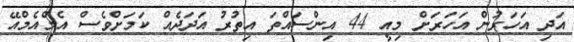
އަދި އަހަރުން އަހަރަށް މިއީ 44 އިންސައްތަ އިތުރު އަދަދެއް ކަމަށްވެސް އެމްއެމްއޭ